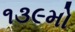
૧૩૯મો